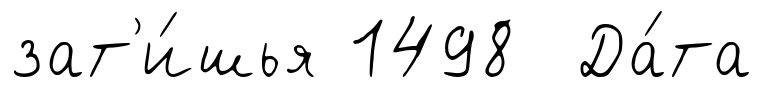
зат'и́шья 1498 Да́та